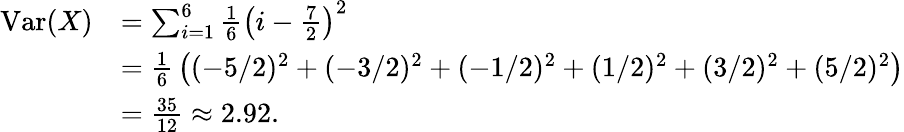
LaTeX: {\begin{array}{rl}{\operatorname{Var}(X)}&{=\sum_{i=1}^{6}{\frac{1}{6}}\left(i-{\frac{7}{2}}\right)^{2}}\\ &{={\frac{1}{6}}\left((-5/2)^{2}+(-3/2)^{2}+(-1/2)^{2}+(1/2)^{2}+(3/2)^{2}+(5/2)^{2}\right)}\\ &{={\frac{35}{12}}\approx 2.92.}\end{array}}